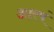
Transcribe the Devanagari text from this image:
आरषं